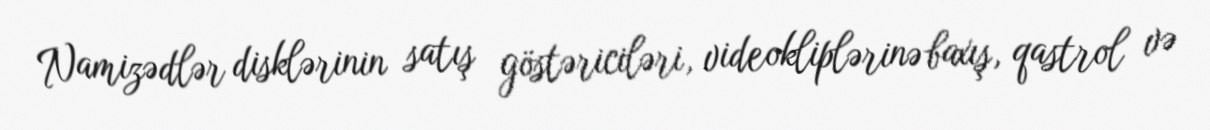
Namizədlər disklərinin satış göstəriciləri, videokliplərinə baxış, qastrol və